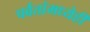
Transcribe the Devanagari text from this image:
पर्वतांमध्येही